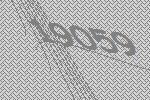
19059